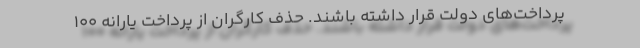
پرداخت‌های دولت قرار داشته باشند. حذف کارگران از پرداخت یارانه ۱۰۰